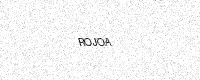
Text: ROJOA